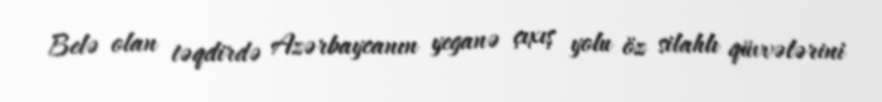
Belə olan təqdirdə Azərbaycanın yeganə çıxış yolu öz silahlı qüvvələrini